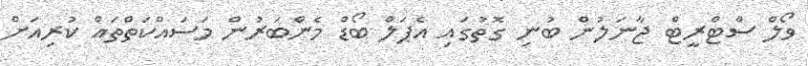
ވޯލް ސްޓްރީޓް ޖާނަލުން ބުނި ގޮތުގައި އެޕަލް ބޯޑް މެންބަރުން މަސައްކަތްތައް ކުރިއަށް